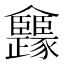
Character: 𠑳